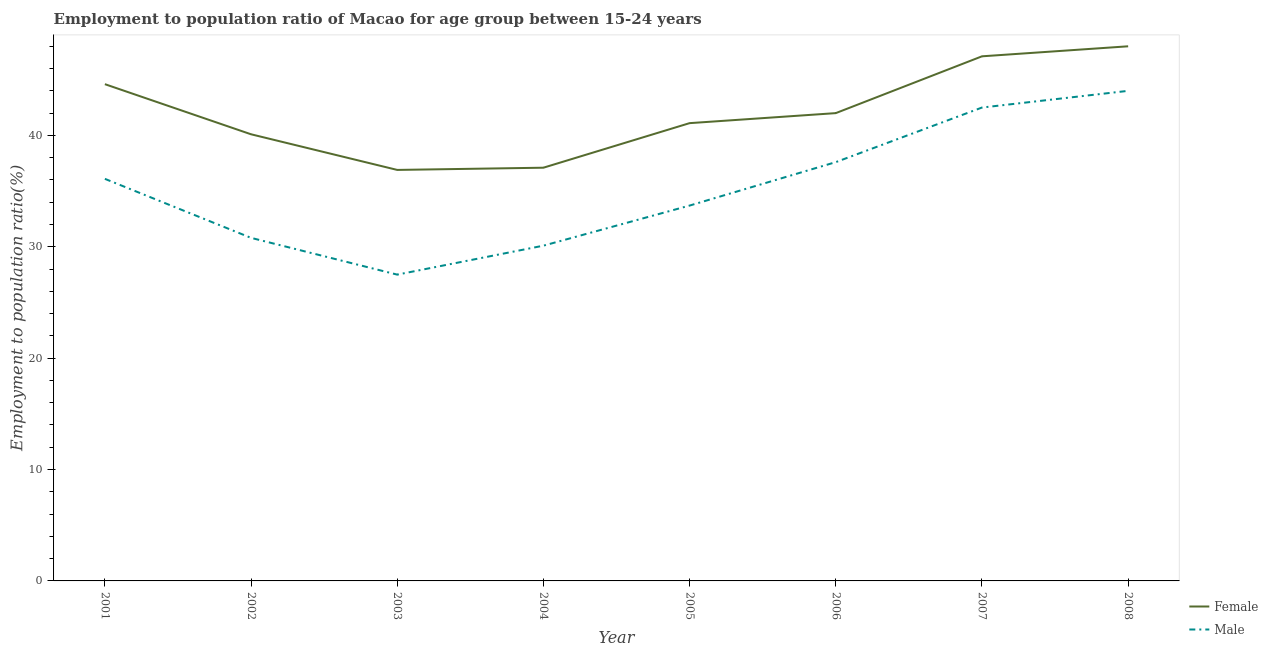
| Year | Female | Male |
 | --- | --- | --- |
 | 2001 | 44.6 | 36.1 |
 | 2002 | 40.1 | 30.8 |
 | 2003 | 36.9 | 27.5 |
 | 2004 | 37.1 | 30.1 |
 | 2005 | 41.1 | 33.7 |
 | 2006 | 42 | 37.6 |
 | 2007 | 47.1 | 42.5 |
 | 2008 | 48 | 44 |